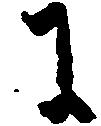
に